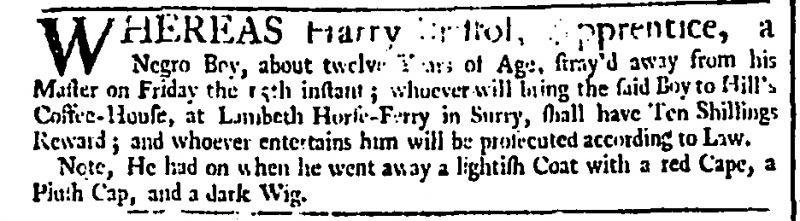
Daily Advertiser, 25 October 1742 (England)
Whereas Harry Bristol, apprentice, a Negro Boy, about twelve Years of Age, stray’d away from his Master on Friday the 15th instant; whoever will bring the said Boy to Hill’s Coffee-House, at Lambeth Horse-Ferry in Surry, shall have Ten Shillings Reward; and whoever entertains him will be prosecuted according to Law.  Note, He had on when he went away a lightish Coat with a red Cape, a Plush Cap, and a dark Wig.